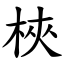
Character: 梜